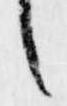
候